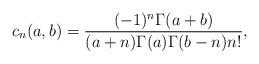
LaTeX: \begin{align*}c_n(a,b)=\frac{(-1)^n\Gamma(a+b)}{(a+n)\Gamma(a)\Gamma(b-n)n!},\end{align*}